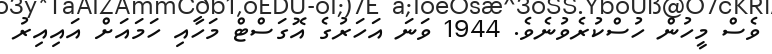
ވެސް މީހުން ހުސްކުރެވުނެވެ. 1944 ވަނަ އަހަރުގެ އޮގަސްޓް މަހާއި ހަމައަށް އައިއިރު